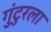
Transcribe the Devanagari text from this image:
गुंटुरला